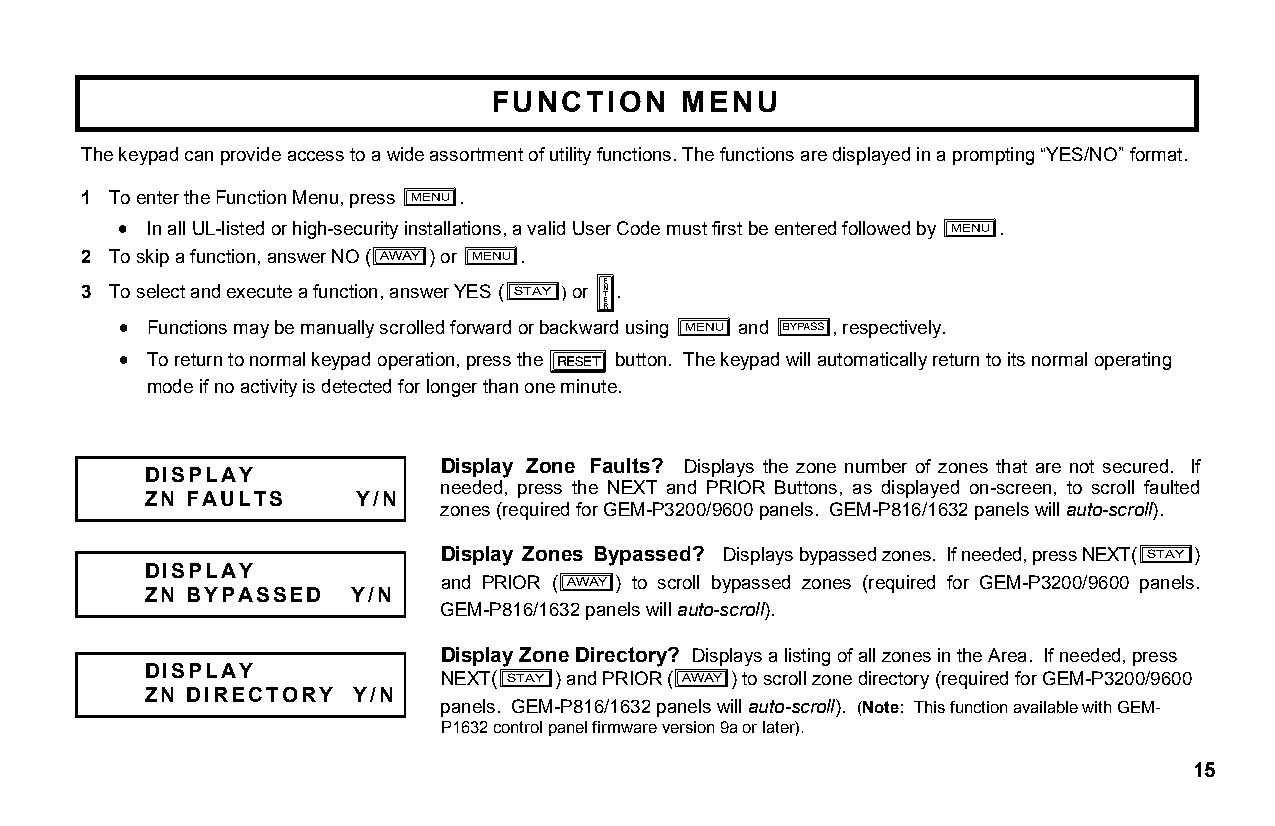
FUNCTION     MENU
 The keypad can provide access to a wide assortment of utility functions. The functions are displayed in a prompting “YES/NO” format.
 1 To enter the Function Menu, press .
 R
 • In all UL-listed or high-security installations, a valid User Code must first be entered followed by .
 R
 2 To skip a function, answer NO ( ) or .
 Q     R
 3 To select and execute a function, answer YES ( P) or U.
 • Functions may be manually scrolled forward or backward using and , respectively.
 R      B
 • To return to normal keypad operation, press the button. The keypad will automatically return to its normal operating
 C
 mode if no activity is detected for longer than one minute.
 Display Zone Faults? Displays the zone number of zones that are not secured. If
 DISPLAY
 ZN FAULTS     Y/N
 needed, press the NEXT and PRIOR Buttons, as displayed on-screen, to scroll faulted
 zones (required for GEM-P3200/9600 panels. GEM-P816/1632 panels will auto-scroll).
 Display Zones Bypassed? Displays bypassed zones. If needed, press NEXT( )
 P
 DISPLAY
 and PRIOR ( ) to scroll bypassed zones (required for GEM-P3200/9600 panels.
 ZN BYPASSED   Y/N          Q
 GEM-P816/1632 panels will auto-scroll).
 Display Zone Directory? Displays a listing of all zones in the Area. If needed, press
 DISPLAY
 NEXT(  ) and PRIOR ( ) to scroll zone directory (required for GEM-P3200/9600
 ZN DIRECTORY  Y/N
 P           Q
 panels. GEM-P816/1632 panels will auto-scroll). (Note: This function available with GEM-
 P1632 control panel firmware version 9a or later).
 15